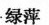
绿萍